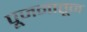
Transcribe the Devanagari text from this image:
पूजनातून